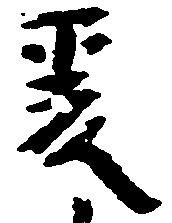
爰